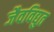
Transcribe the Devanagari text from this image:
जैवविद्युत